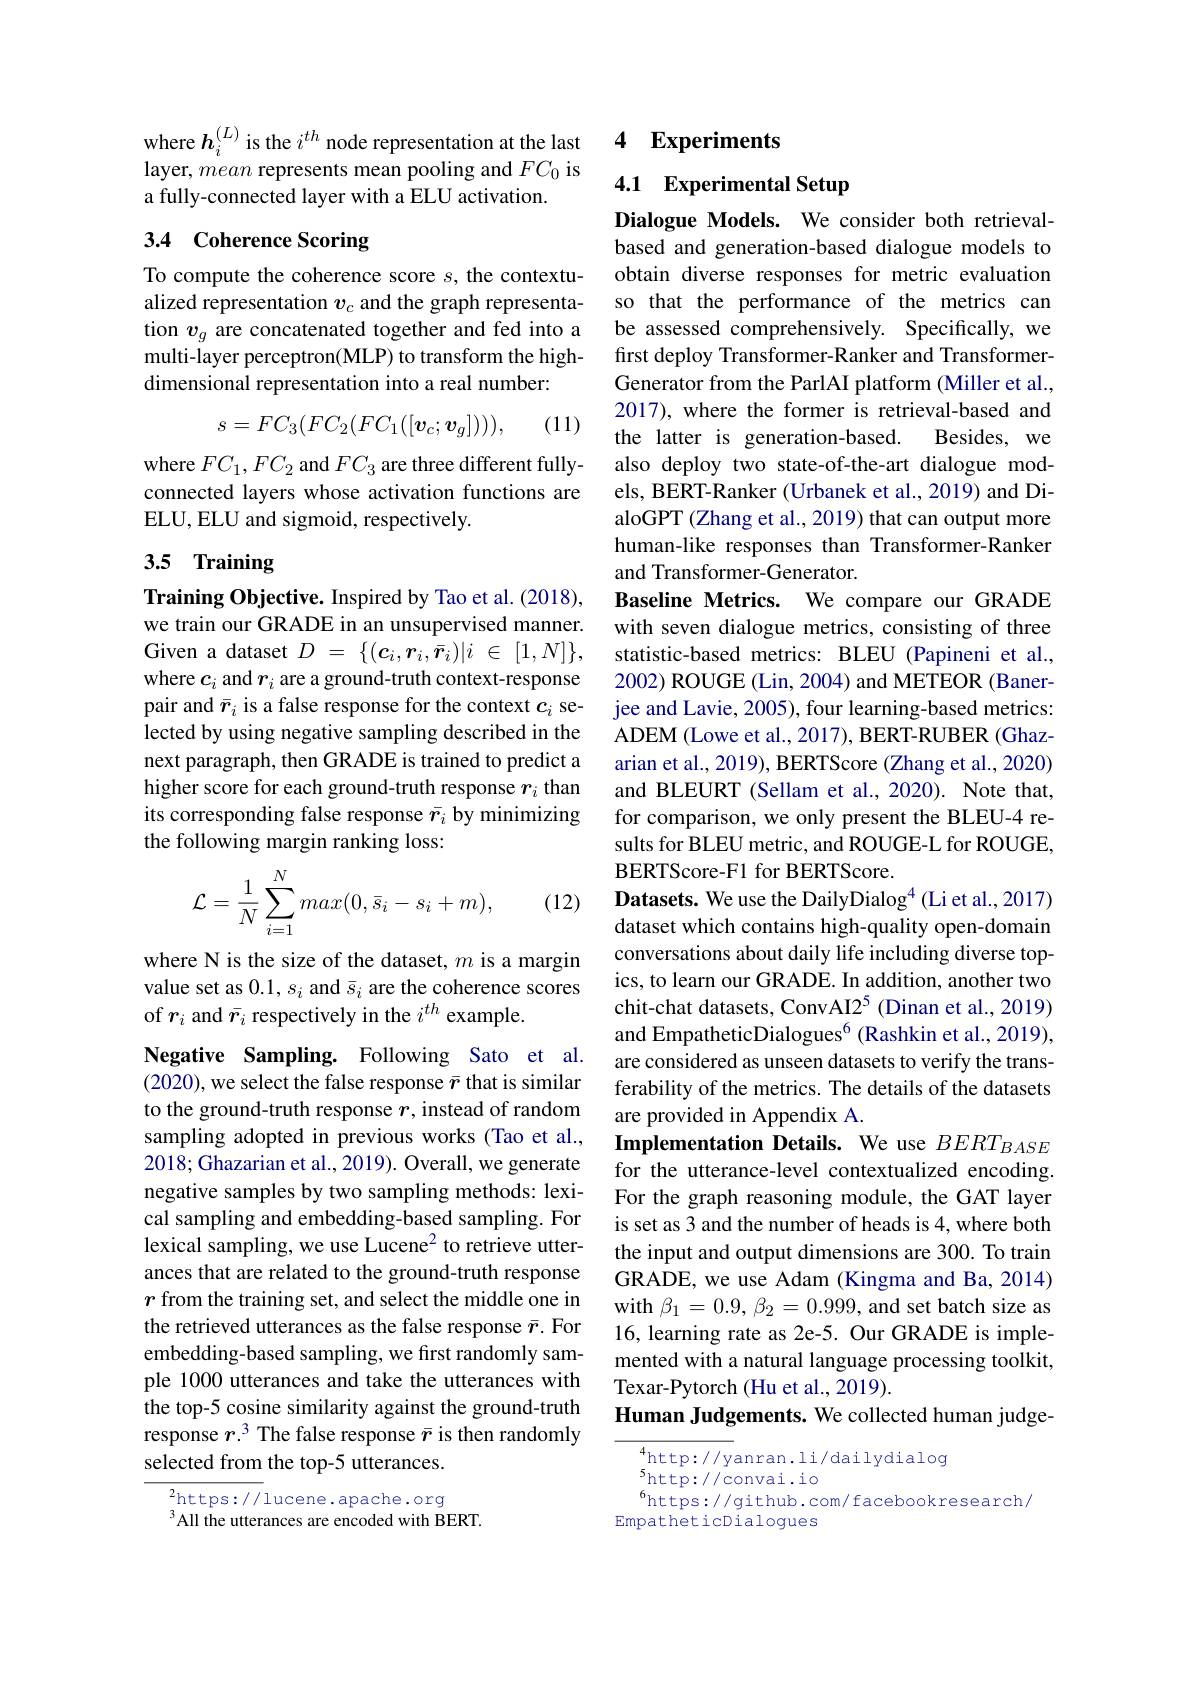
where $h_i^{(L)}$ is the $i^{th}$ node representation at the last layer, mean represents mean pooling and $FC_0$ is a fully-connected layer with a ELU activation.

# 3.4 Coherence Scoring

To compute the coherence score $s$, the contextualized representation $v_c$ and the graph representation $v_g$ are concatenated together and fed into a multi-layer perceptron(MLP) to transform the highdimensional representation into a real number:

(11)
$$s=FC_3(FC_2(FC_1([\boldsymbol{v}_c;\boldsymbol{v}_g]))),$$
where $FC_{1},FC_{2}$ and $FC_{3}$ are three different fullyconnected layers whose activation functions are ELU, ELU and sigmoid, respectively.

## 3.5 Training

Training Objective. Inspired by Tao et al. (2018), we train our GRADE in an unsupervised manner. Given a dataset $D$ = $\{ ( \boldsymbol{c}_i, \boldsymbol{r}_i, \bar{\boldsymbol{r}} _i) | i$ $\in$ $[ 1, N] \} $, where $c_i$ and $r_i$ are a ground-truth context-response pair and $\bar{r}_i$ is a false response for the context $c_i$ selected by using negative sampling described in the next paragraph, then GRADE is trained to predict a higher score for each ground-truth response $r_i$ than its corresponding false response $\bar{r_i}$ by minimizing the following margin ranking loss:
$$\mathcal{L}=\frac{1}{N}\sum_{i=1}^{N}max(0,\bar{s}_{i}-s_{i}+m),$$
(12)

where N is the size of the dataset, $m$ is a margin value set as $0.1,s_i$ and $\bar{s}_i$ are the coherence scores of $r_i$ and $\bar{r}_i$ respectively in the $i^th$ example.

Negative Sampling. Following Sato et al. (2020), we select the false response $\bar{r}$ that is similar to the ground-truth response $r$, instead of random 2018; Ghazarian et al., 2019). Overall, we generate negative samples by two sampling methods: lexical sampling and embedding-based sampling. For lexical sampling, we use Lucene$^{2}$ to retrieve utterances that are related to the ground-truth response $r$ from the training set, and select the middle one in the retrieved utterances as the false response $\bar{r}.$ For embedding-based sampling, we first randomly sample 1000 utterances and take the utterances with the top-5 cosine similarity against the ground-truth response $r.^3$ The false response $\bar{r}$ is then randomly selected from the top-5 utterances.

$^{2}$https://lucene.apache.org
$^{3}$All the utterances are encoded with BERT.

## 4 Experiments

4.1 Experimental Setup

Dialogue Models. We consider both retrievalbased and generation-based dialogue models to obtain diverse responses for metric evaluation so that the performance of the metrics can be assessed comprehensively. Specifically, we first deploy Transformer-Ranker and TransformerGenerator from the ParlAI platform (Miller et al., 2017), where the former is retrieval-based and the latter is generation-based.
Besides, we
also deploy two state-of-the-art dialogue models, BERT-Ranker (Urbanek et al., 2019) and DialoGPT (Zhang et al., 2019) that can output more human-like responses than Transformer-Ranker and Transformer-Generator.
Baseline Metrics. We compare our GRADE with seven dialogue metrics, consisting of three statistic-based metrics: BLEU (Papineni et al., 2002) ROUGE (Lin, 2004) and METEOR (Banerjee and Lavie, 2005), four learning-based metrics: ADEM (Lowe et al., 2017), BERT-RUBER (Ghazarian et al., 2019), BERTScore (Zhang et al., 2020) and BLEURT (Sellam et al., 2020). Note that, for comparison, we only present the BLEU-4 results for BLEU metric, and ROUGE-L for ROUGE, BERTScore-F1 for BERTScore.
Datasets. We use the DailyDialog$^{4}$(Li et al., 2017) dataset which contains high-quality open-domain conversations about daily life including diverse topics, to learn our GRADE. In addition, another two chit-chat datasets, ConvAI2$^{5}$ (Dinan et al., 2019) and EmpatheticDialogues$^{6}$(Rashkin et al., 2019), are considered as unseen datasets to verify the transferability of the metrics. The details of the datasets are provided in Appendix A.
sampling adopted in previous works (Tao et al., Implementation Details. We use $BERT_{BASE}$
for the utterance-level contextualized encoding. For the graph reasoning module, the GAT layer is set as 3 and the number of heads is 4, where both the input and output dimensions are 300. To train GRADE, we use Adam (Kingma and Ba, 2014) with $\beta_1=0.9,\beta_2=0.999$,and set batch size as 16, learning rate as 2e-5. Our GRADE is implemented with a natural language processing toolkit, Texar-Pytorch (Hu et al., 2019).
Human Judgements. We collected human judge-

$^{4}$http: / / yanran. li/ dailydialog
$^{5}$http://convai.io
$^{6}$https://github.com/facebookresearch/
EmpatheticDialogues